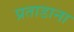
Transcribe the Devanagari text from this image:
प्रताडाना